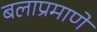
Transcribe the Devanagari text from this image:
बलाप्रमाणे